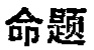
命题